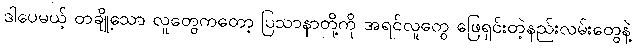
ဒါပေမယ့် တချို့သော လူတွေကတော့ ပြသာနာတို့ကို အရင်လူတွေ ဖြေရှင်းတဲ့နည်းလမ်းတွေနဲ့